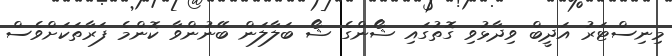
މިނިސްޓަރު އަދީބް ވިދާޅުވި ގޮތުގައި ޝޯންގެ ޝޯ ބަލާލަން ބޭނުންވާ ކޮންމެ ފަރާތަކަށްވެސް